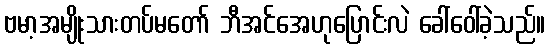
ဗမာ့အမျိုးသားတပ်မတော် ဘီအင်အေဟုပြောင်းလဲ ခေါ်ဝေါ်ခဲ့သည်။